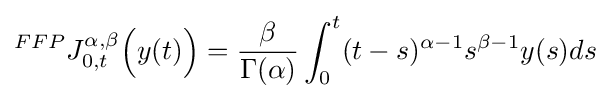
^{FFP}J_{0,t}^{\alpha ,\beta }{\Big (}y(t){\Big )}={\dfrac {\beta }{\Gamma (\alpha )}}\int _{0}^{t}(t-s)^{\alpha -1}s^{\beta -1}y(s)ds